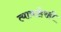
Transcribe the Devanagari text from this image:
त्याबाहेरही